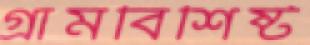
গ্রামবিশিষ্ট